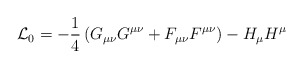
\begin{align*}{\cal L}_0=-\frac 14\, (G_{\mu\nu}G^{\mu\nu}+F_{\mu\nu}F^{\mu\nu}) -H_\mu H^\mu\end{align*}